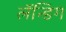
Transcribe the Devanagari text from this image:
लॅन्डिग